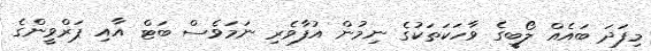
މިފަދަ ބައެއް ލޯބީގެ ވާހަކަތަކުގެ ނިމުން އުފާވެރި ނަމަވެސް ބަޓް އާއި ޕަރްވީންގެ